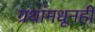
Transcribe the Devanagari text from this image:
ग्रंथांमधूनही